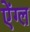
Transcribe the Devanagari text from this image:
ऐंग्ल